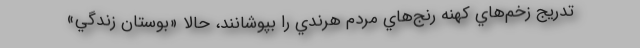
تدريج زخم‌هاي كهنه رنج‌هاي مردم هرندي را بپوشانند، حالا «بوستان زندگي»